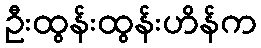
ဦးထွန်းထွန်းဟိန်က